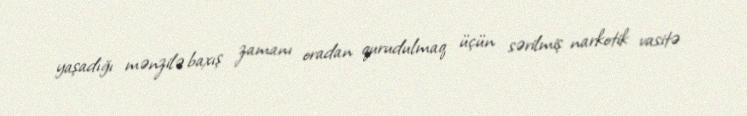
yaşadığı mənzilə baxış zamanı oradan qurudulmaq üçün sərilmiş narkotik vasitə